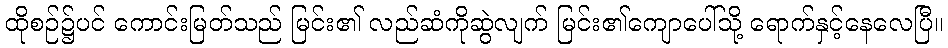
ထိုစဉ်၌ပင် ကောင်းမြတ်သည် မြင်း၏ လည်ဆံကိုဆွဲလျက် မြင်း၏ကျောပေါ်သို့ ရောက်နှင့်နေလေပြီ။